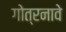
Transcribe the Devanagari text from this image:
गोत्रनावे